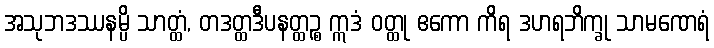
အသုဘဒဿနမ္ပိ သာတ္ထံ, တဒတ္ထဒီပနတ္ထဉ္စ ဣဒံ ဝတ္ထု ဧကော ကိရ ဒဟရဘိက္ခု သာမဏေရံ